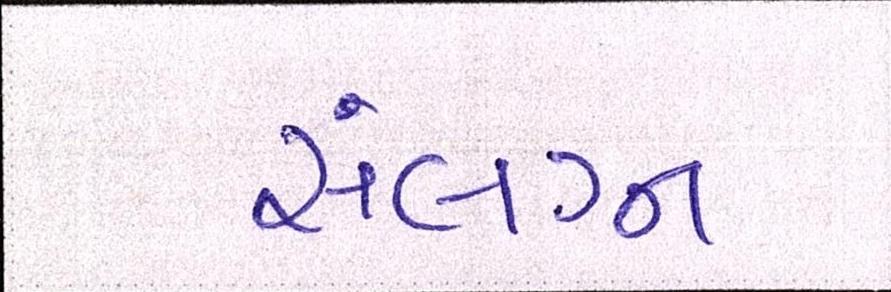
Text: સંલગ્ન